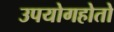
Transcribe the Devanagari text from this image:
उपयोगहोतो